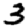
Digit: 3